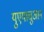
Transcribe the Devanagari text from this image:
युएयाचुआन